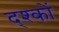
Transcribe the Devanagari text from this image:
द्श्कों